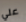
علي